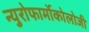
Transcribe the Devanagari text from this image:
न्युरोफार्मोकोलोजी